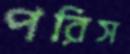
পরিস